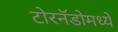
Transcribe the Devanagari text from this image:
टोरनॅडोमध्ये